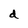
Character: d